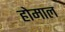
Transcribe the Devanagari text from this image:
होमाल